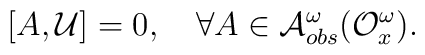
[A, {\cal U}]=0,~~~\forall A\in{\cal A}^{\omega}_{obs}({\cal O}^{\omega}_{x}).